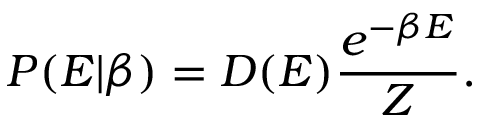
P ( E | \beta ) = D ( E ) \frac { e ^ { - \beta E } } { Z } .